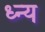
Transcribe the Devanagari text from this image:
ध्न्य